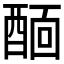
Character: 𨡞